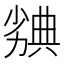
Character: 𠢣